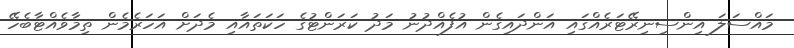
މައްސަލަ އިންސިނިރޭޓަރެއްގައި އަންދައިގެން އުފެއްދުނު މަދު ކަރަންޓުގެ ހަކަތައާއި މެދަށް އަހަރެމެން ތިމާވެއްޓާބެހޭ